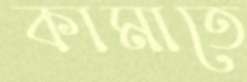
কামাতে